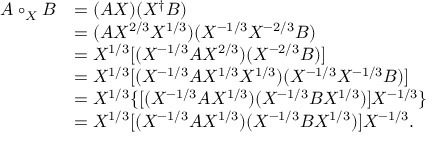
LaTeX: \begin{array} { r l } { { A \circ _ { X } B } } & { { = ( A X ) ( X ^ { \dagger } B ) } } \\ { { } } & { { = ( A X ^ { 2 / 3 } X ^ { 1 / 3 } ) ( X ^ { - 1 / 3 } X ^ { - 2 / 3 } B ) } } \\ { { } } & { { = X ^ { 1 / 3 } [ ( X ^ { - 1 / 3 } A X ^ { 2 / 3 } ) ( X ^ { - 2 / 3 } B ) ] } } \\ { { } } & { { = X ^ { 1 / 3 } [ ( X ^ { - 1 / 3 } A X ^ { 1 / 3 } X ^ { 1 / 3 } ) ( X ^ { - 1 / 3 } X ^ { - 1 / 3 } B ) ] } } \\ { { } } & { { = X ^ { 1 / 3 } \{ [ ( X ^ { - 1 / 3 } A X ^ { 1 / 3 } ) ( X ^ { - 1 / 3 } B X ^ { 1 / 3 } ) ] X ^ { - 1 / 3 } \} } } \\ { { } } & { { = X ^ { 1 / 3 } [ ( X ^ { - 1 / 3 } A X ^ { 1 / 3 } ) ( X ^ { - 1 / 3 } B X ^ { 1 / 3 } ) ] X ^ { - 1 / 3 } . } } \end{array}